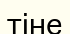
тіне